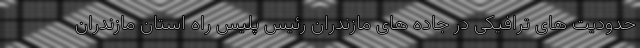
حدودیت های ترافیکی در جاده های مازندران رئیس پلیس راه استان مازندران